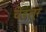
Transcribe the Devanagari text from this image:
चेंडलूर